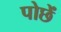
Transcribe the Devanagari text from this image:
पोछें